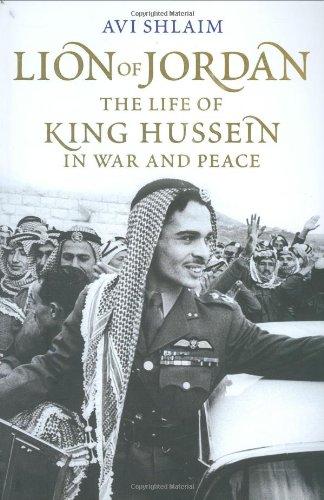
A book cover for Lion Of Jordan: The Life Of King Hussein In War And Peace; Avi Shlaim; History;